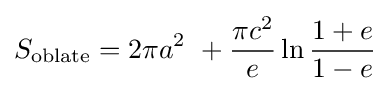
S_{\text{oblate}}=2\pi a^{2}\ +{\frac {\pi c^{2}}{e}}\ln {\frac {1+e}{1-e}}